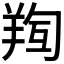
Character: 𮊧